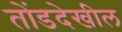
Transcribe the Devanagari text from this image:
तोंडदेखील